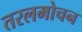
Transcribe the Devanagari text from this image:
तरलमोचन